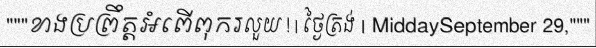
"""ខាងប្រព្រឹត្តអំពើពុករលួយ ! | ថ្ងៃត្រង់ | MiddaySeptember 29,"""